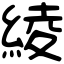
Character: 綾